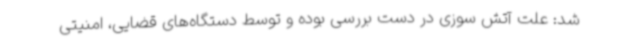
شد: علت آتش سوزی در دست بررسی بوده و توسط دستگاه‌های قضایی، امنیتی